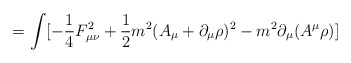
\begin{align*}=\int[- \frac{1}{4} F_{\mu\nu}^2+ \frac{1}{2}m^2 (A_\mu+\partial_\mu\rho)^2 -m^2 \partial_\mu(A^\mu\rho)]\end{align*}